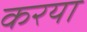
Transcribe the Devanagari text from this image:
करया